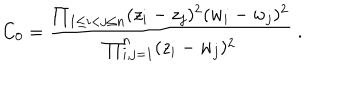
LaTeX: C _ { 0 } = \frac { \prod _ { 1 \leq i < j \leq n } ( z _ { i } - z _ { j } ) ^ { 2 } ( w _ { i } - w _ { j } ) ^ { 2 } } { \prod _ { i , j = 1 } ^ { n } ( z _ { i } - w _ { j } ) ^ { 2 } } \; .